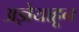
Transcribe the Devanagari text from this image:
अज्ञेयाहून